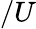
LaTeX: /U